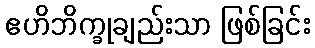
ဧဟိဘိက္ခုချည်းသာ ဖြစ်ခြင်း